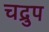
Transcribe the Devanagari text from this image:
चद्रुप